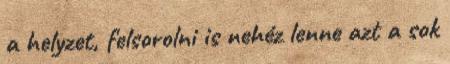
a helyzet, felsorolni is nehéz lenne azt a sok